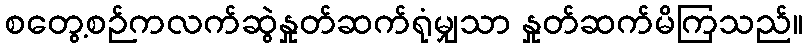
စတွေ့စဉ်ကလက်ဆွဲနှုတ်ဆက်ရုံမျှသာ နှုတ်ဆက်မိကြသည်။